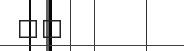
٢٨